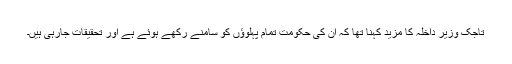
تاجک وزیر داخلہ کا مزید کہنا تھا کہ اُن کی حکومت تمام پہلوؤں کو سامنے رکھے ہوئے ہے اور تحقیقات جارہی ہیں۔